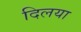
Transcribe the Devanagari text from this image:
दिलया